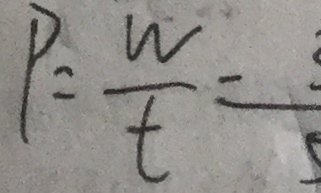
P = \frac { W } { t } =